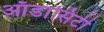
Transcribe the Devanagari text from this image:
ऑडासिटी